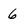
Character: 6